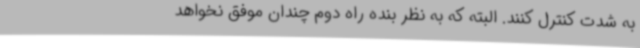
به شدت کنترل کنند. البته که به نظر بنده راه دوم چندان موفق نخواهد